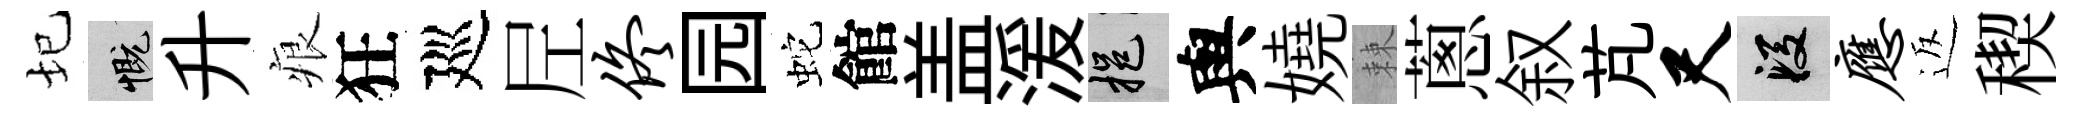
圮慨升痕狂廵𡰱佟园蛇館盖湲挹與嬈棘蔥叙芃尺段应返稧